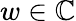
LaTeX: w\in\mathbb C